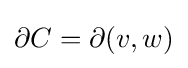
\partial {C}=\partial (v,w)